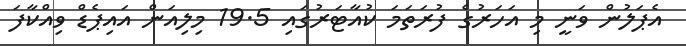
އެޕަލުން ވަނީ މި އަހަރުގެ ފުރަތަމަ ކުއާޓަރުގައި 19.5 މިލިއަން އައިޕެޑް ވިއްކާފަ